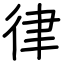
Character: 律